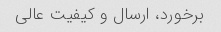
برخورد، ارسال و کیفیت عالی